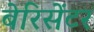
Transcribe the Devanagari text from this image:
बेरिसेंटर